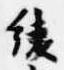
綾